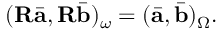
( \mathbf { R } \bar { \mathbf { a } } , \mathbf { R } \bar { \mathbf { b } } ) _ { \omega } = ( \bar { \mathbf { a } } , \bar { \mathbf { b } } ) _ { \Omega } .